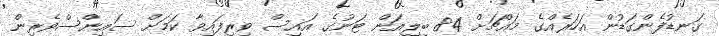
ގަނޑުފެންގަޑުން އަހަރެއްގެ މައްޗަށް 84 ބިލިއަން ޓަނުގެ އައިސް ވިރިފައިވާ ކަމަށް ސައިންސްވެރިން